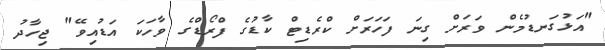
"އަޅުގަނޑުމެން ވަރަށް ގިނަ ފަހަރަށް ކްރެޑިޓް ކާޑުގެ ފްރޯޑްގެ ވާހަކަ އަޑުއިވޭ" ޖިހާދު